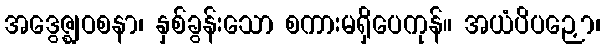
အဒွေဇ္ဈဝစနာ၊ နှစ်ခွန်းသော စကားမရှိပေကုန်။ အယံပိပဉှော၊